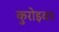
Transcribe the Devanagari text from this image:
कुरोइवा।